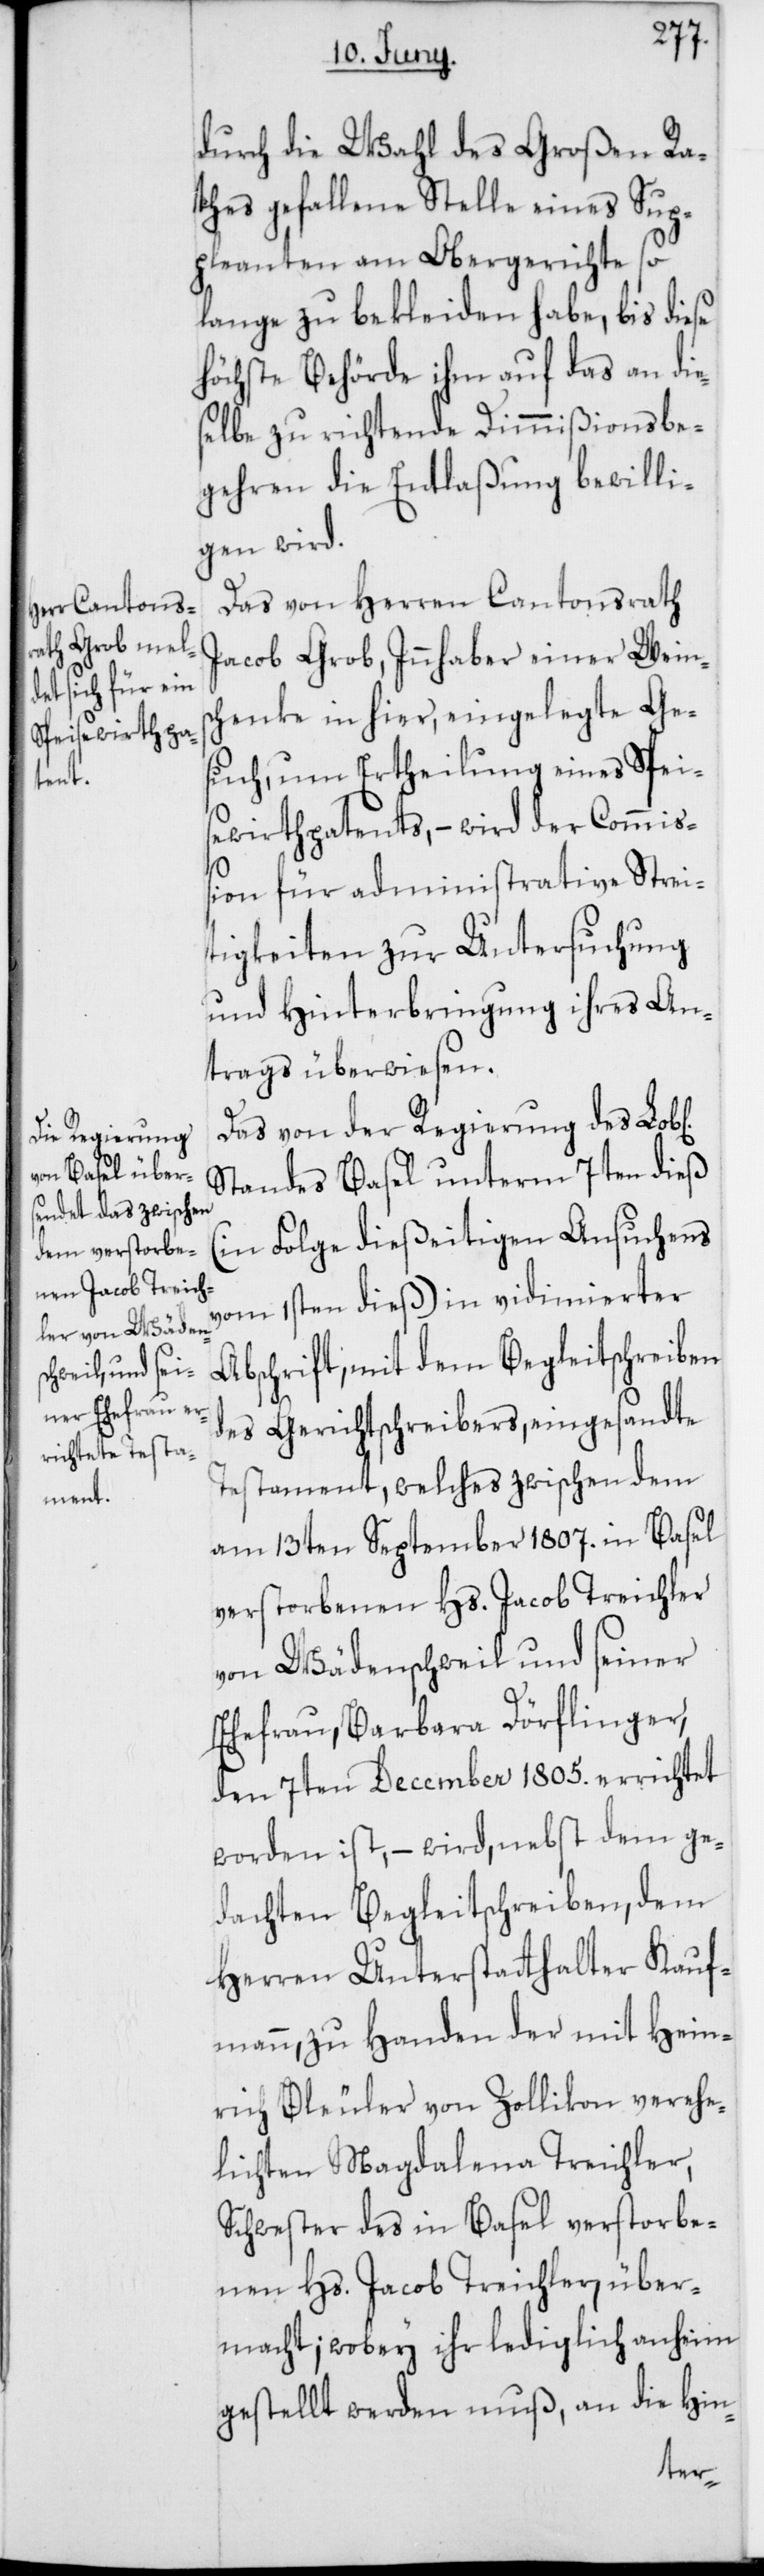
en]

durch die Wahl des Großen Ra¬
thes gefallene Stelle eines Sup¬
pleanten am Obergerichte so
lange zu bekleiden habe, bis diese
höchste Behörde ihm auf das an die¬
selbe zu richtende Dimmißionsbe¬
gehren die Entlaßung bewilli¬
gen wird.
Das von Herren Cantonsrath
Jacob Grob, Innhaber einer Weinsc¬
henke in hier, eingelegte Ge¬
such, um Ertheilung eines Spei¬
sewirthpatents, – wird der Commiß¬
ion für administrative Strei¬
tigkeiten zur Untersuchung
und Hinterbringung ihres An¬
trags überwiesen.
Das von der Regierung des Lob[l¬
Standes Basel unterm 7ten dieß
(in Folge dießeitigen Ansuchens
vom 1sten dieß) in vidimierter
Abschrift, mit dem Begleitschreiben
des Gerichtschreibers, eingesandte
Testament, welches zwischen dem
am 13ten September 1807. in Basel
verstorbenen Hs. Jacob Treichler
von Wädenschweil und seiner
Ehefrau, Barbara Dörflinger,
den 7ten December 1805. errichtet
worden ist, – wird, nebst dem ge¬
dachten Begleitschreiben, dem
Herren Unterstatthalter Kauf¬
mann, zu Handen der mit Hein¬
rich Bleuler von Zollikon verehe¬
lichten Magdalena Treichler,
Schwester des in Basel verstorbe¬
nen Hs. Jacob Treichler, über¬
macht; wobey ihr lediglich anheim
gestellt werden muß, an die Hin-